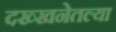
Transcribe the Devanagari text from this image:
दख्खनेतल्या